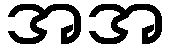
အအ